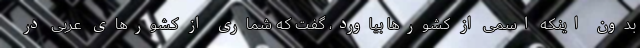
بدون اینکه اسمی از کشورها بیاورد، گفت که شماری از کشورهای عربی در